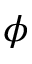
\phi